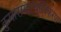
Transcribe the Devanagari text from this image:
कुमारामात्याधिकरण